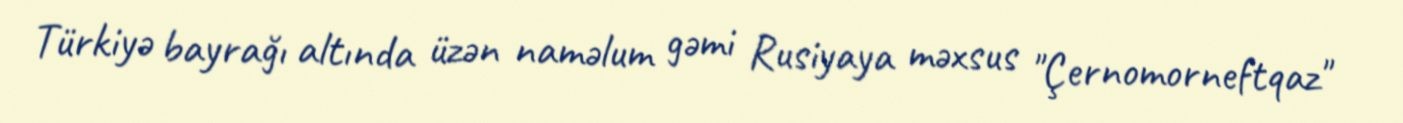
Türkiyə bayrağı altında üzən naməlum gəmi Rusiyaya məxsus "Çernomorneftqaz"